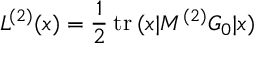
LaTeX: { \cal L } ^ { ( 2 ) } ( x ) = \frac 1 2 \: \mathrm { t r } \: ( x \vert M ^ { ( 2 ) } G _ { 0 } \vert x )